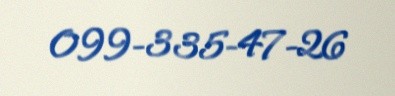
099-335-47-26